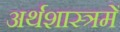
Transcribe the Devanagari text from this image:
अर्थशास्त्रमें